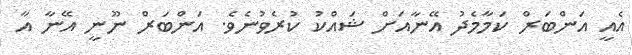
އެއީ އަންބަރް ކަމާމެދު އޭނާއަށް ޝައްކު ކުރެވުނެވެ. އަންބަރް ނޫނީ އޭނާ އާ